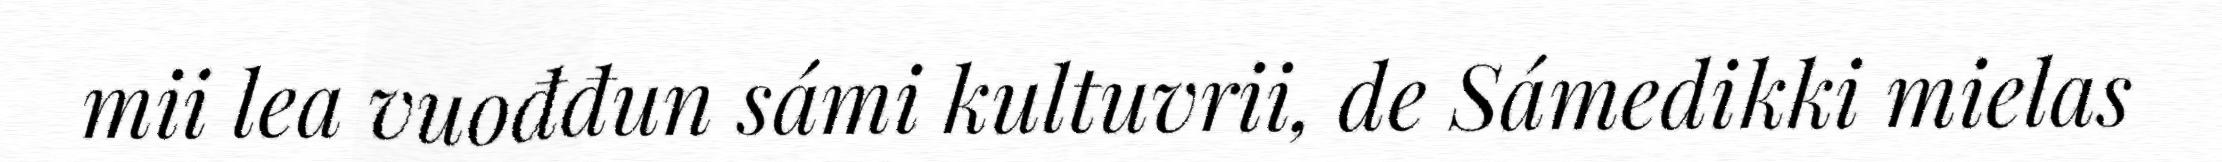
mii lea vuođđun sámi kultuvrii, de Sámedikki mielas